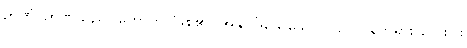
ဉာဏံ၊ ဉာဏ်သည်။ ဟောတိ၊ ဖြစ်၏။ အနုပါဒိသေသေ ဝါ၊ ဥပါဒါန်တရား လေးပါး